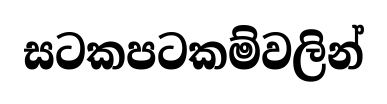
සටකපටකම්වලින්